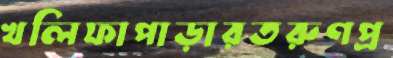
খলিফাপাড়ারতরুণপ্র